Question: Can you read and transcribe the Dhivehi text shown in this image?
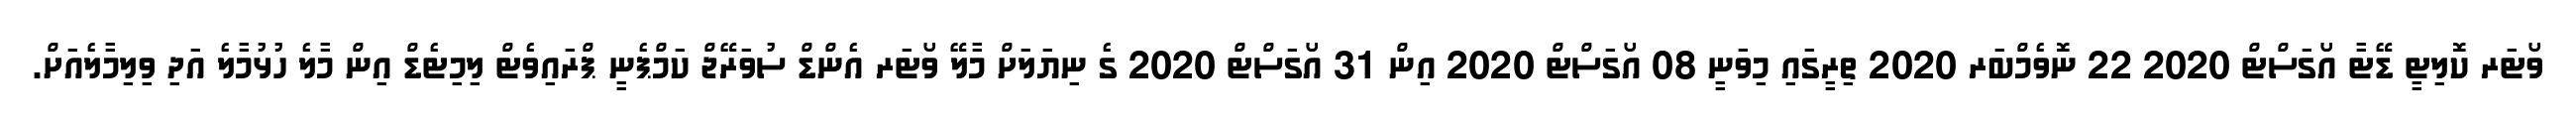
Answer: ވޯޓަރ ކޮލިޓީ ޑޭޓާ އޯގަސްޓް 2020 22 ނޮވެމްބަރ 2020 ތިރީގައި މިވަނީ 08 އޯގަސްޓް 2020 އިން 31 އޯގަސްޓް 2020 ގެ ނިޔަލަށް މާލޭ ވޯޓަރ އެންޑް ސުވަރޭޖް ކަމްޕެނީ ޕްރައިވެޓް ލިމިޓެޑް އިން މާލެ ހުޅުމާލެ އަދި ވިލިމާލެއަށް.